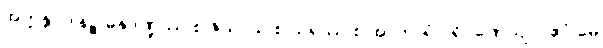
အက္ကန္တပဒါနဉ္စ ဓနုဒဏ္ဍဿ စ ဇိယာယ စ သရဿ စ အာကာရံ ပရိဂ္ဂဏှေယျ။ “ဧဝံ မေ